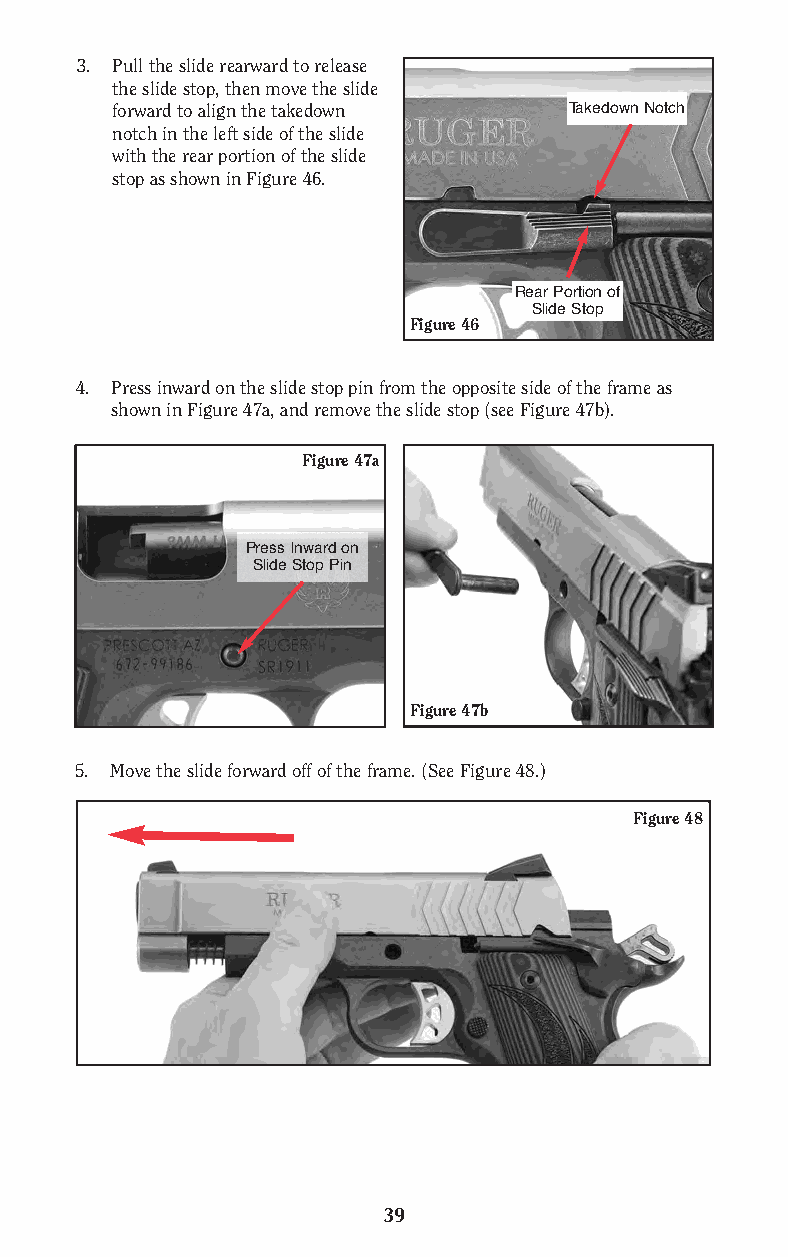
3. Pull the slide rearward to release
 the slide stop, then move the slide
 forward to align the takedown  Takedown Notch
 notch in the left side of the slide
 with the rear portion of the slide
 stop as shown in Figure 46.
 Rear Portion of
 Slide Stop
 Figure 46
 4. Press inward on the slide stop pin from the opposite side of the frame as
 shown in Figure 47a, and remove the slide stop (see Figure 47b).
 Figure 47a
 Press Inward on
 Slide Stop Pin
 Figure 47b
 5. Move the slide forward off of the frame. (See Figure 48.)
 Figure 48
 39